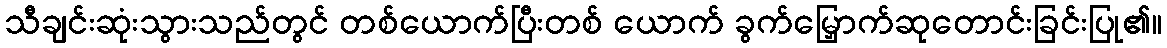
သီချင်းဆုံးသွားသည်တွင် တစ်ယောက်ပြီးတစ် ယောက် ခွက်မြှောက်ဆုတောင်းခြင်းပြု၏။